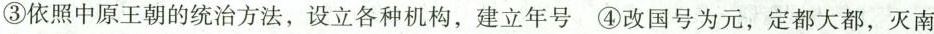
③依照中原王朝的统治方法，设立各种机构，建立年号④改国号为元，定都大都，灭南